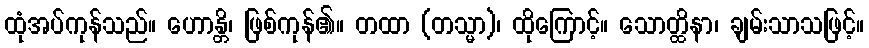
ထုံအပ်ကုန်သည်။ ဟောန္တိ၊ ဖြစ်ကုန်၏။ တထာ (တသ္မာ)၊ ထိုကြောင့်။ သောတ္ထိနာ၊ ချမ်းသာသဖြင့်။